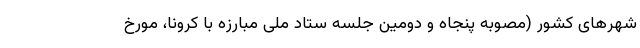
شهرهای کشور (مصوبه پنجاه و دومین جلسه ستاد ملی مبارزه با کرونا، مورخ